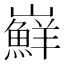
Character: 𭗴